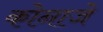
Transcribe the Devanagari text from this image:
कोनाजे